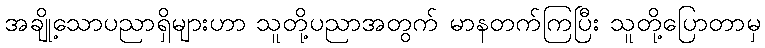
အချို့သောပညာရှိများဟာ သူတို့ပညာအတွက် မာနတက်ကြပြီး သူတို့ပြောတာမှ